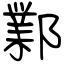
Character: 鄴